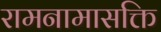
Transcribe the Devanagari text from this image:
रामनामासक्ति